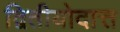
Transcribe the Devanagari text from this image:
द्वितीयोदात्त